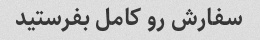
سفارش رو کامل بفرستید